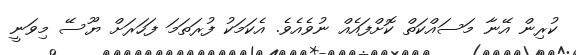
ކުރިން އޭނާ މަސައްކަތް ކޮށްފައެއް ނުވެއެވެ. އެކަމަކު ފުރަތަމަ ފަހަރަށް ޔޫސޭ މިވަނީ